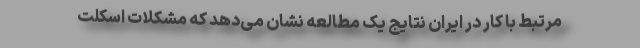
مرتبط با کار در ایران نتایج یک مطالعه نشان می‌دهد که مشکلات اسکلت